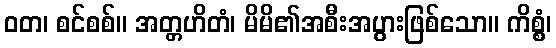
ဝတ၊ စင်စစ်။ အတ္တဟိတံ၊ မိမိ၏အစီးအပွားဖြစ်သော။ ကိစ္စံ၊